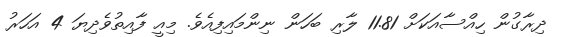
ދިރާގުން ހިއްސާއަކަށް 11.81 ލާރި ބަހަން ނިންމައިފިއެވެ. މިއީ ފާއިތުވެދިޔަ 4 އަހަރު